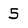
Character: 5